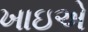
ખાઇએ